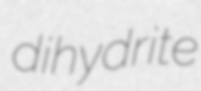
dihydrite